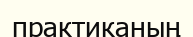
практиканың